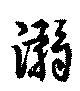
溺